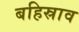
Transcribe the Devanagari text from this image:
बहिस्राव